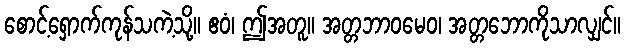
စောင့်ရှောက်ကုန်သကဲ့သို့။ ဧဝံ၊ ဤအတူ။ အတ္တဘာဝမေဝ၊ အတ္တဘောကိုသာလျှင်။